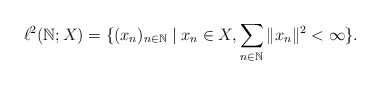
\begin{align*} \ell^2({\mathbb N};X) = \{ (x_n)_{n \in {\mathbb N}} \mid x_n \in X, \sum_{n \in {\mathbb N}} \|x_n\|^2 < \infty\}. \end{align*}